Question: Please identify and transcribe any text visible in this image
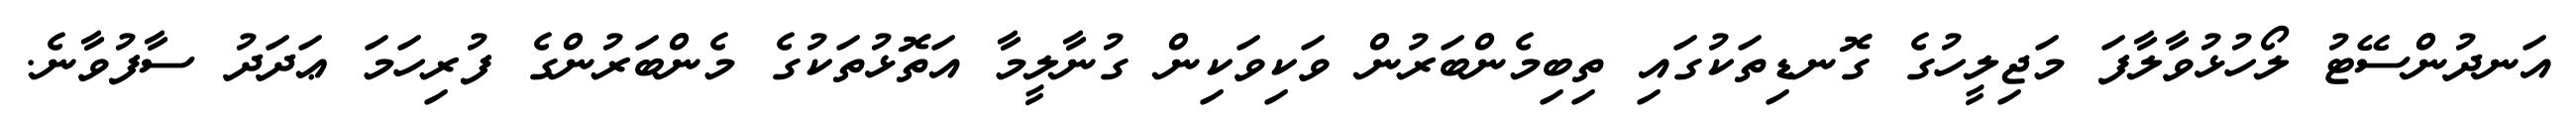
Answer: އަނދުންސޭޓު ލޯހުޅުވާލާފަ މަޖިލީހުގެ ގޮނޑިތަކުގައި ތިބިމެންބަރުން ވަކިވަކިން ގުނާލީމާ އަތޮޅުތަކުގެ މެންބަރުންގެ ފުރިހަމަ ޢަދަދު ސާފުވާނެ.